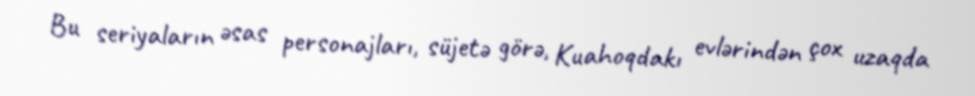
Bu seriyaların əsas personajları, süjetə görə, Kuahoqdakı evlərindən çox uzaqda